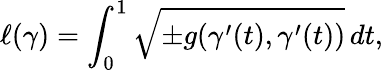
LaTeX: \ell(\gamma)=\int_{0}^{1}{\sqrt{\pm g(\gamma^{\prime}(t),\gamma^{\prime}(t))}}\, dt,